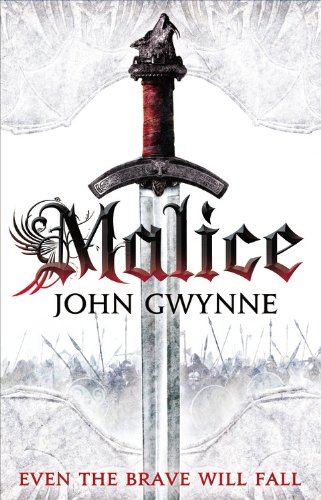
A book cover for Malice (The Faithful and the Fallen); John Gwynne; Literature & Fiction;